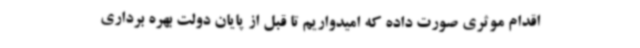
اقدام موثری صورت داده که امیدواریم تا قبل از پایان دولت بهره برداری